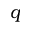
q